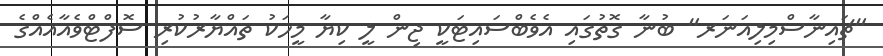
"ޗައިނާސްމިލިއަނަރ" ބުނާ ގޮތުގައި އެވެބްސައިޓަކީ ޖިން ލީ ކިޔާ މީހަކު ތައްޔާރުކުރި ސޮފްޓްވެއާއެއްގެ